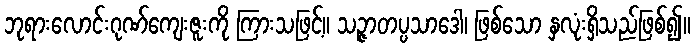
ဘုရားလောင်းဂုဏ်ကျေးဇူးကို ကြားသဖြင့်။ သဉ္ဇာတပ္ပသာဒေါ၊ ဖြစ်သော နှလုံးရှိသည်ဖြစ်၍။